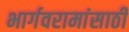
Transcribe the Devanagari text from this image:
भार्गवरामांसाठी